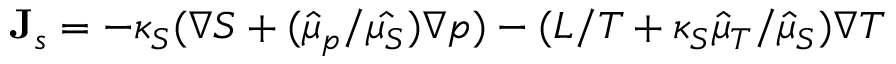
{ \bf J } _ { s } = - \kappa _ { S } ( \nabla S + ( \hat { \mu } _ { p } / \hat { \mu _ { S } } ) \nabla p ) - ( L / T + \kappa _ { S } \hat { \mu } _ { T } / \hat { \mu } _ { S } ) \nabla T